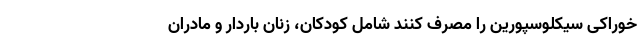
خوراکی سیکلوسپورین را مصرف کنند شامل کودکان، زنان باردار و مادران